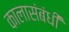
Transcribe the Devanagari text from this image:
कालासंबंधीं